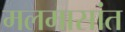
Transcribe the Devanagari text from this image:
मलमासांत